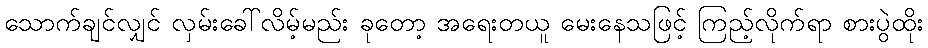
သောက်ချင်လျှင် လှမ်းခေါ်လိမ့်မည်း ခုတော့ အရေးတယူ မေးနေသဖြင့် ကြည့်လိုက်ရာ စားပွဲထိုး